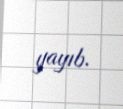
yayıb.